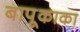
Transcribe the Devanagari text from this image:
बापूकाका